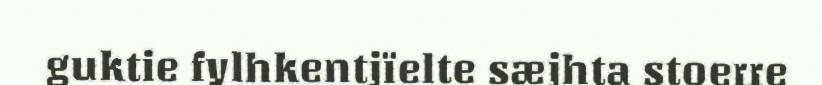
guktie fylhkentjïelte sæjhta stoerre